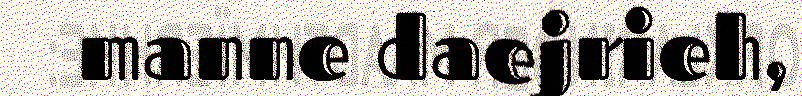
manne daejrieh,